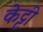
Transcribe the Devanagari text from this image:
केट्टी